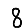
Digit: 8